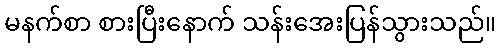
မနက်စာ စားပြီးနောက် သန်းအေးပြန်သွားသည်။